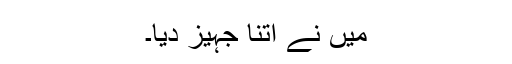
میں نے اتنا جہیز دیا۔